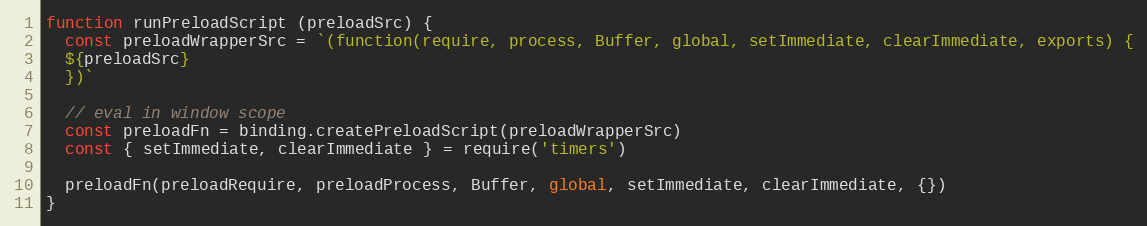
Language: JavaScript
function runPreloadScript (preloadSrc) {
  const preloadWrapperSrc = `(function(require, process, Buffer, global, setImmediate, clearImmediate, exports) {
  ${preloadSrc}
  })`

  // eval in window scope
  const preloadFn = binding.createPreloadScript(preloadWrapperSrc)
  const { setImmediate, clearImmediate } = require('timers')

  preloadFn(preloadRequire, preloadProcess, Buffer, global, setImmediate, clearImmediate, {})
}